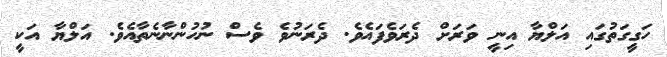
ހަގީގަތުގައި އަލްޔާ އިނީ ވަރަށް ދެރަވެފައެވެ. ދެރަނުވެ ވެސް ނުހުންނާނެތާއެވެ. އަލްޔާ އަކީ